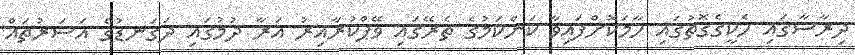
ދިރާސާގައި ހެކީގެގޮތުގައި ހާމަކޮށްފައިވާ ކަންކަމުގެ ތެރޭގައި ވޭޕްކުރާއިރު އަރާ ދުމުގައި ދަގަނޑުގެ އަސަރުތައް